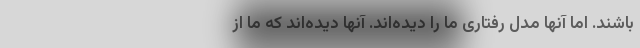
باشند. اما آنها مدل رفتاری ما را دیده‌اند. آنها دیده‌اند که ما از